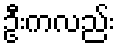
ဦးကလည်း